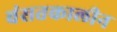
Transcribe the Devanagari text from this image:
वंसतकालीन